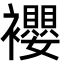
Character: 䙬